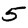
Digit: 5